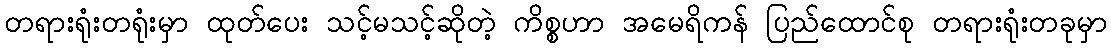
တရားရုံးတရုံးမှာ ထုတ်ပေး သင့်မသင့်ဆိုတဲ့ ကိစ္စဟာ အမေရိကန် ပြည်ထောင်စု တရားရုံးတခုမှာ